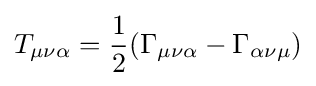
T_{\mu \nu \alpha }={\frac {1}{2}}(\Gamma _{\mu \nu \alpha }-\Gamma _{\alpha \nu \mu })